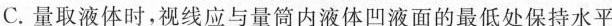
C. 量取液体时，视线应与量筒内液体凹液面的最低处保持水平